Vaccine operations Central Provinces 1886-1899 - 1886-1899
Year: 1886
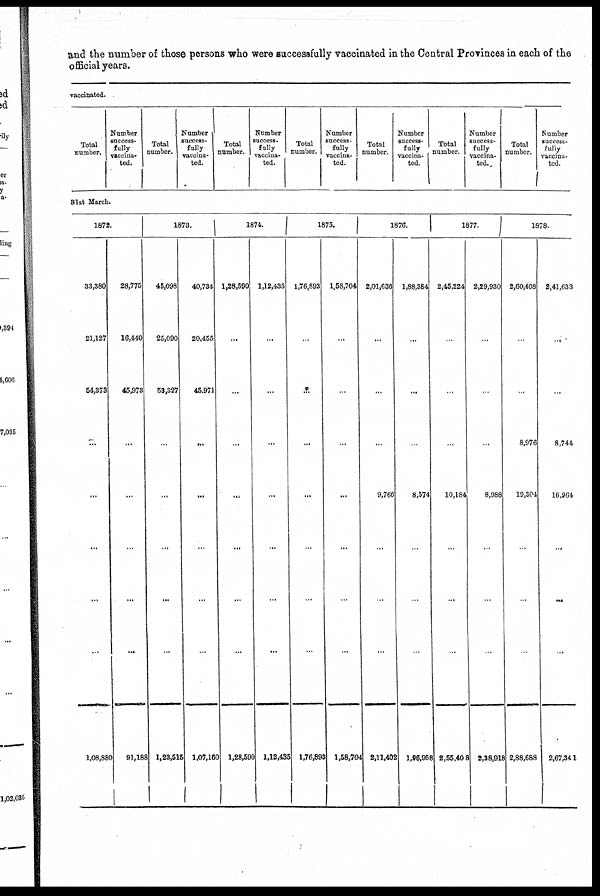
and the number of those persons who were successfully vaccinated in the Central Provinces in each of the
official years.
vaccinated.
Total
number.
Number
success-
fully
vaccina-
ted.
Total
number.
Number
success-
fully
vaccina-
ted.
Total
number.
Number
success-
fully
vaccina-
ted.
Total
number.
Number
success-
fully
vaccina-
ted.
Total
number.
Number
success-
fully
vaccina-
ted.
Total
number.
Number
success-
fully
vaccina-
ted.
Total
number.
Number
success-
fully
vaccina-
ted.
31st March.
1872.
33,380
21,127
54,373
...
...
...
1,08,880
28,775
16,440
45,973
...
...
...
91,188
1873.
45,098
25,090
53,327
...
...
...
1,23,515
40,734
20,485
45,971
...
...
...
1,07,160
1874.
1,28,590
...
...
...
...
...
1,28,590
1,12,435
...
...
...
...
...
1,12,435
1875.
1,76,893
...
...
...
...
...
1,76,893
1,58,704
...
...
...
...
...
1,58,704
1876.
2,01,636
...
...
...
9,766
...
2,11,402
1,88,384
...
...
...
8,574
...
1,96,958
1877.
2,45,224
...
...
...
10,184
...
2,55,408
2,29,930
...
...
...
8,988
...
2,38,918
1878.
2,60,408
...
...
8,976
19,304
...
2,88,688
2,41,633
...
...
8,744
16,964
...
2,67,341